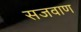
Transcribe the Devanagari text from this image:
सजवाण